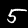
Label: 5